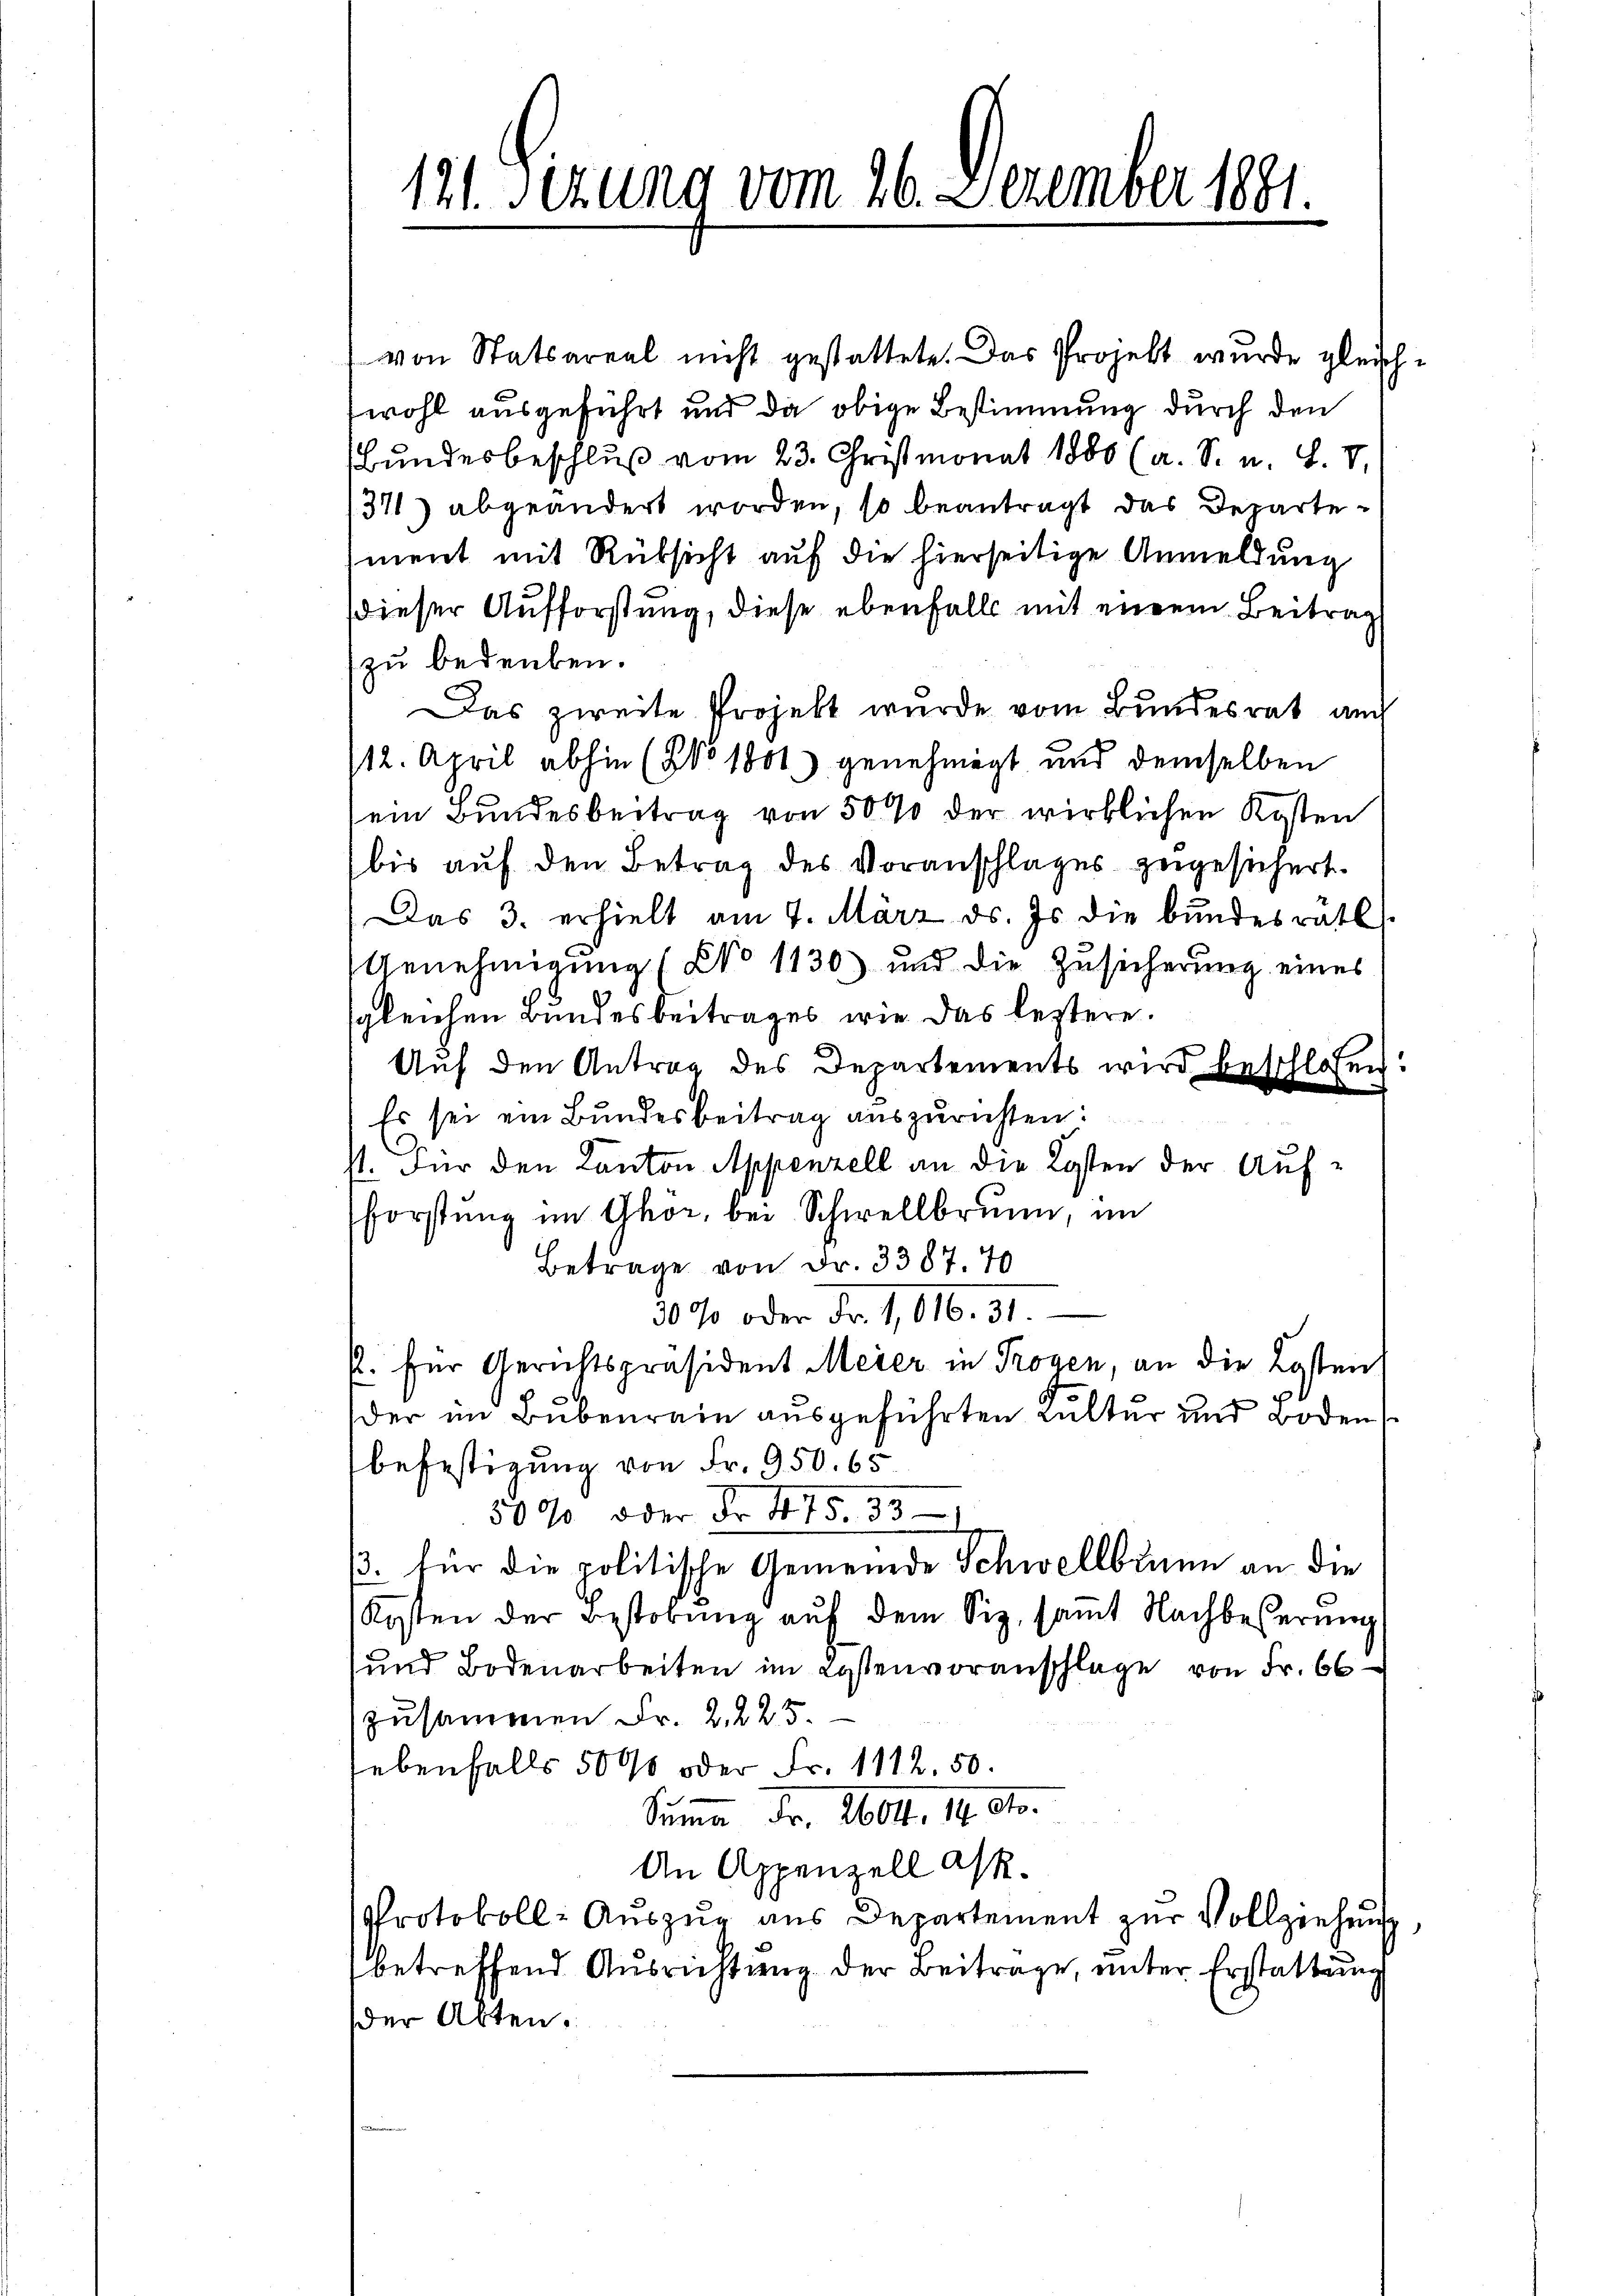
121. Sizung vom 26. Dezember 1891.

von Statsareal nicht gestattete. Das Projekt wurde gleichwohl ausgeführt und da obige Bestimmung durch den
Bundesbeschlŭβ vom 23. Christmonat 1880 (a. S. u. L. V.
371) abgeändert worden, so beantragt das Departement mit Rüksicht auf die hierseitige Anmeldung
dieser Aufforstung, diese ebenfalls mit einem Beitrag
zu bedenken.
Das zweite Projekt wurde vom Bundesrat auch
/12. April abhin (No 1801) genehmigt und demselben
sein Bundesbeitrag von 5000 der wirklichen Kosten
bis auf den Betrag des Voranschlages zugesichert.
Das 3. erhielt am 4. März ds. Js. die bundesrath
Genehmigung (No 1130) und die Zusicherung eines
gleichen Bundesbeitrages, wie das leztere.
Auf den Antrag des Departements wird beschlossen:
Es sei ein Bundesbeitrag auszurichten:
st. Für den Kanton Appenzell an die Kosten der Auf¬
Forstung im Ghor, bei Schwellbrunn, im
Betrage von Fr. 3387. 70
30% oder Fr. 1,616. 31.
R. für Gerichtspräsident Meier in Trogen, an die Kosten
der im Bubenrain ausgeführten Kulter und Boden
befestigung von Fr. 950. 65
50% oder Fr. 475. 331
B. für die politische Gemeinde Schwellbrunn an die
Kosten der Bestobŭng aŭf dem Siz saṁt Nachbesserung
und Bodenarbeiten im Kostenvoranschlage von Fr. 66
zusammen Fr. 2. 225.
hebenfalls 5000 oder Fr. 1112.50.
Summe Fr. 2604. 14 dto.
An Appenzell Ask.
Protokoll-Auszug aus Departement zur Vollziehung
betreffend Ausrichtung der Beitrage, unter Erstattung
der Akten.